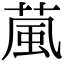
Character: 葻